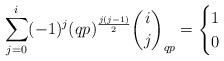
LaTeX: \begin{align*}\sum_{j=0}^i (-1)^j(qp)^{\frac{j(j-1)}{2}}\binom{i}{j}_{qp}=\begin{cases} 1 & \\ 0 &\end{cases} \end{align*}